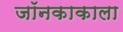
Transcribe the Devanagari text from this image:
जॉनकाकाला